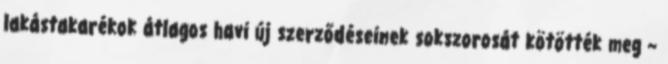
lakástakarékok átlagos havi új szerződéseinek sokszorosát kötötték meg –